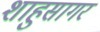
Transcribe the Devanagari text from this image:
शाहुसागर